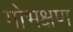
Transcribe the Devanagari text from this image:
गोभक्षण